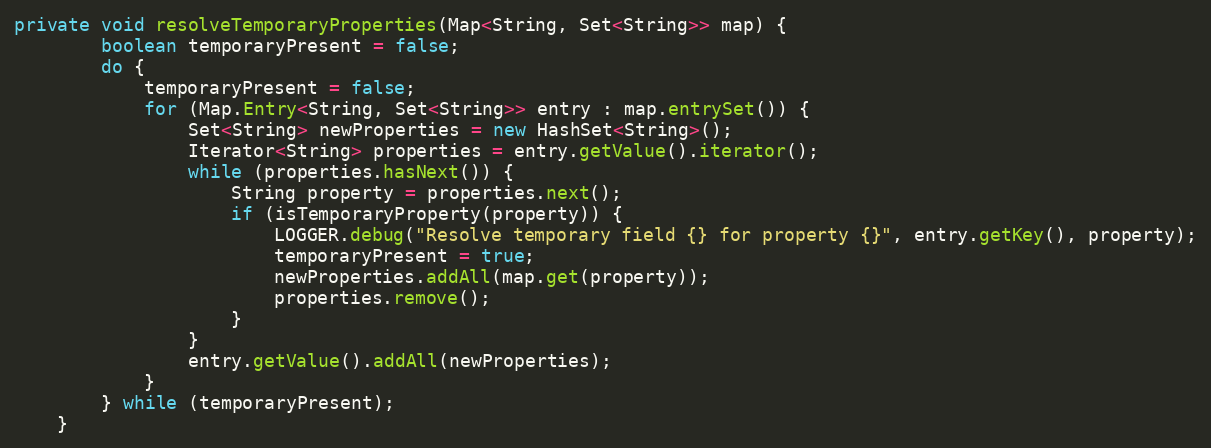
Language: Java
private void resolveTemporaryProperties(Map<String, Set<String>> map) {
        boolean temporaryPresent = false;
        do {
            temporaryPresent = false;
            for (Map.Entry<String, Set<String>> entry : map.entrySet()) {
                Set<String> newProperties = new HashSet<String>();
                Iterator<String> properties = entry.getValue().iterator();
                while (properties.hasNext()) {
                    String property = properties.next();
                    if (isTemporaryProperty(property)) {
                        LOGGER.debug("Resolve temporary field {} for property {}", entry.getKey(), property);
                        temporaryPresent = true;
                        newProperties.addAll(map.get(property));
                        properties.remove();
                    }
                }
                entry.getValue().addAll(newProperties);
            }
        } while (temporaryPresent);
    }